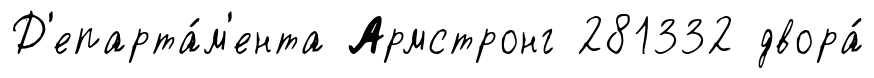
Д'епарта́м'ента Армстронг 281332 двора́